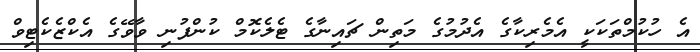
އެ ހުކުމްތަކަކީ އެމެރިކާގެ އެދުމުގެ މަތިން ޗައިނާގެ ޓެލެކޮމް ކުންފުނި ވާވޭގެ އެކްޒެކެޓިވް